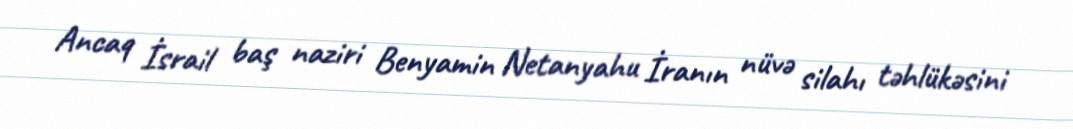
Ancaq İsrail baş naziri Benyamin Netanyahu İranın nüvə silahı təhlükəsini